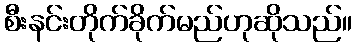
စီးနင်းတိုက်ခိုက်မည်ဟုဆိုသည်။